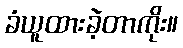
ခံယူထားခဲ့တာကိုး။